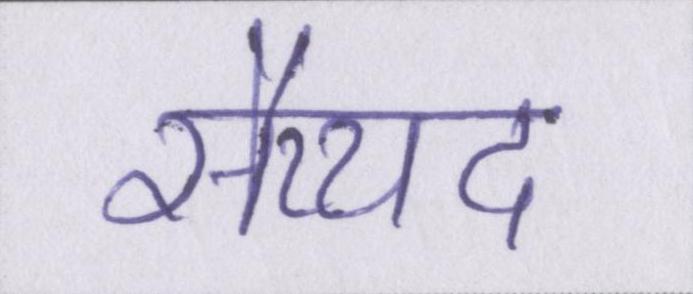
सैय्यद